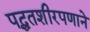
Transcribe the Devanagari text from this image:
पद्धतशीरपणाने